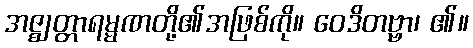
အဇ္ဈတ္တာရမ္မဏတို့၏အဖြစ်ကို။ ဝေဒိတဗ္ဗာ၊ ၏။